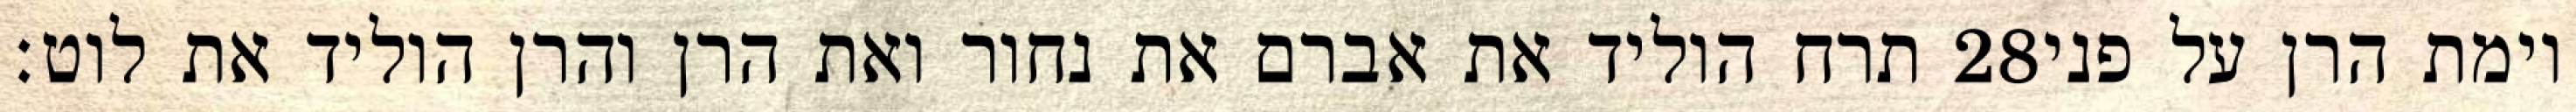
תרח הוליד את אברם את נחור ואת הרן והרן הוליד את לוט׃ ‎28‏ וימת הרן על פני